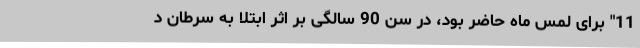
11" برای لمس ماه حاضر بود، در سن 90 سالگی بر اثر ابتلا به سرطان د